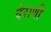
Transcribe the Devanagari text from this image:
देराणी